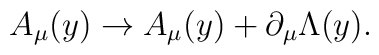
A_{\mu} (y)\rightarrow A_{\mu} (y)+\partial _{\mu}\Lambda (y).